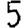
Digit: 5